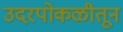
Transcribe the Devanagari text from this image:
उदरपोकळीतून